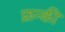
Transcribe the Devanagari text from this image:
फ्रन्की